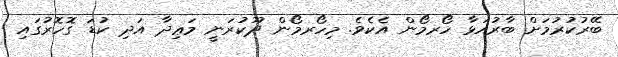
ބޭރުކުރުމަށް ބާރުއަޅާ ހޯރމޯން އެކެވެ. މިހޯރމޯން ދޫކުރަނީ މަޢިދާ އަދި ކުޑަ ގޮހޮރުގައި